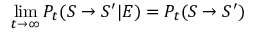
\operatorname* { l i m } _ { t \rightarrow \infty } P _ { t } ( S \rightarrow S ^ { \prime } | E ) = P _ { t } ( S \rightarrow S ^ { \prime } )